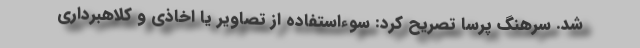
شد. سرهنگ پرسا تصریح کرد: سوءاستفاده از تصاویر یا اخاذی و کلاهبرداری